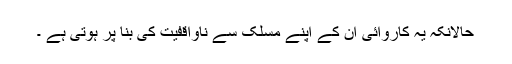
حالانکہ یہ کاروائی ان کے اپنے مسلک سے ناواقفیت کی بنا پر ہوتی ہے ۔